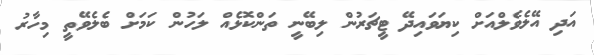
އަދި އޭލެވެލްއަށް ކިޔަވައިދޭ ޓީޗަރުން ލިބޭނީ ތަންކޮޅެއް ލަހުން ކަމަށް ބެލެވޭތީ މިހާރު